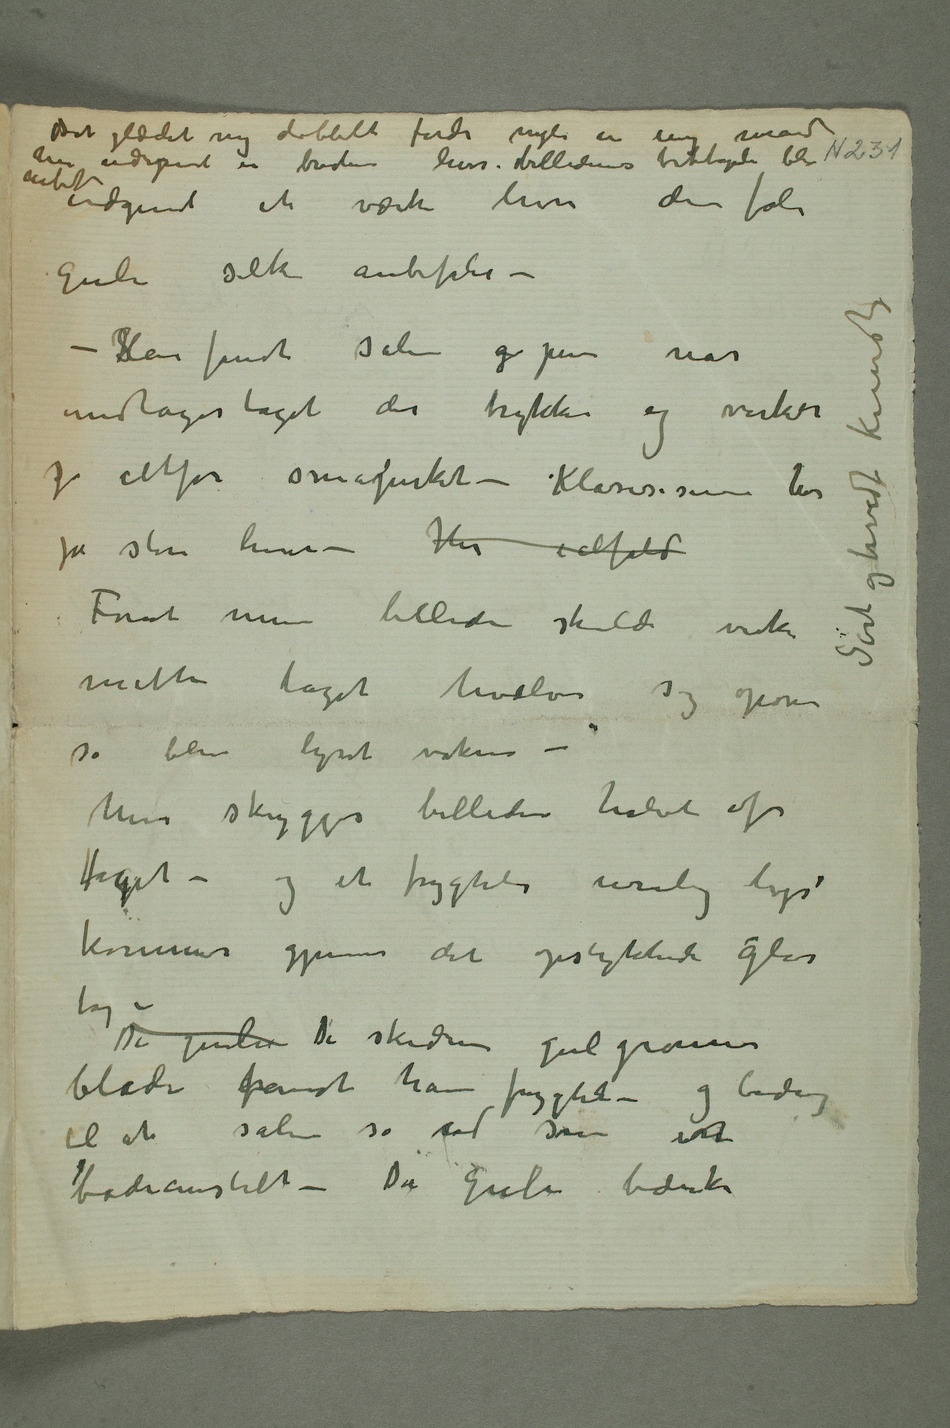
en ung mand har udspent en  hvis billedenes  ble
indgivet et værk hvor den fæle
gule silke anbefales –
– SHan fant salen g pen når
undtages taget der trykker og virker
så altfor småpirket – Klasisismen har
jo større linier – Har ialfald
Forat mine billeder skulde virke
måtte taget hvælve sig opover
så blev lyset vakrere –
Men skygges billederne halvt af
taget – og et frygtelig urolig lys
kommer gjennem det opstykkede glas-
De gulne De skidne gulgrønne
blade fandt han frygteli – og bidrog
til at salen så ud som en
badeanstalt – De gule bænke